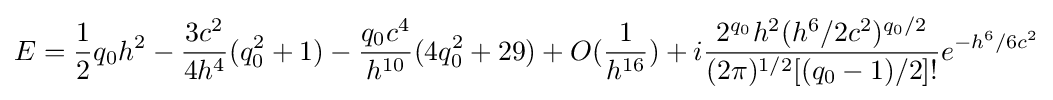
E={\frac {1}{2}}q_{0}h^{2}-{\frac {3c^{2}}{4h^{4}}}(q_{0}^{2}+1)-{\frac {q_{0}c^{4}}{h^{10}}}(4q_{0}^{2}+29)+O({\frac {1}{h^{16}}})+i{\frac {2^{q_{0}}h^{2}(h^{6}/2c^{2})^{q_{0}/2}}{(2\pi )^{1/2}[(q_{0}-1)/2]!}}e^{-h^{6}/6c^{2}}